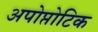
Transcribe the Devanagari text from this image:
अपोप्तोटिक